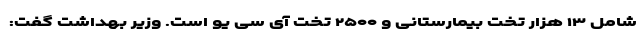
شامل ۱۳ هزار تخت بیمارستانی و ۲۵۰۰ تخت آی سی یو است. وزیر بهداشت گفت: